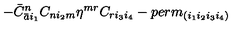
- { \bar { C } } _ { { \bar { a } } i _ { 1 } } ^ { n } C _ { n i _ { 2 } m } \eta ^ { m r } C _ { r i _ { 3 } i _ { 4 } } - p e r m _ { ( i _ { 1 } i _ { 2 } i _ { 3 } i _ { 4 } ) }